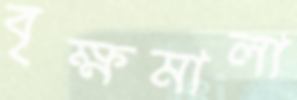
বৃক্ষমালা